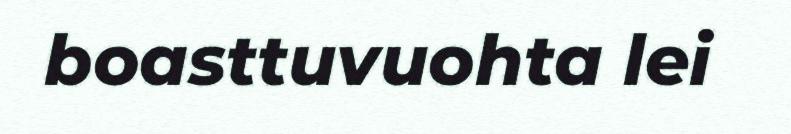
boasttuvuohta lei